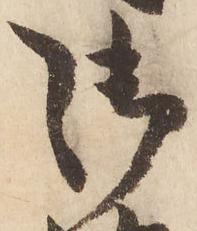
御